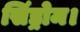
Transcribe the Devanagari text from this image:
सिंड्रोम।